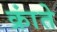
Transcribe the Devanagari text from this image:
क्रांते